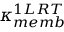
\kappa _ { m e m b } ^ { 1 L R T }